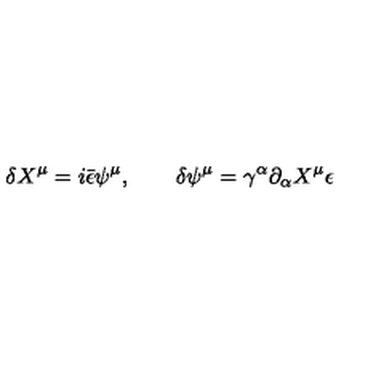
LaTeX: \delta X ^ { \mu } = i \bar { \epsilon } \psi ^ { \mu } , \qquad \delta \psi ^ { \mu } = \gamma ^ { \alpha } \partial _ { \alpha } X ^ { \mu } \epsilon